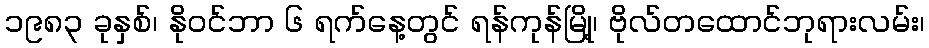
၁၉၈၃ ခုနှစ်၊ နိုဝင်ဘာ ၆ ရက်နေ့တွင် ရန်ကုန်မြို့၊ ဗိုလ်တထောင်ဘုရားလမ်း၊